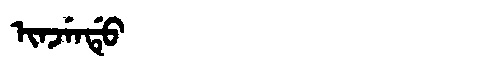
Manchu: ᡳᠨᠵᡝᠨᡩᡠ
Romanization: INJENDU